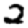
Digit: 2